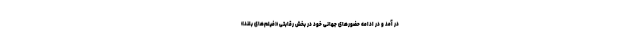
در آمد و در ادامه حضورهای جهانی خود در بخش رقابتی «فیلم‌های بلند»